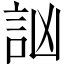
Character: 訩